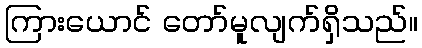
ကြားယောင် တော်မူလျက်ရှိသည်။